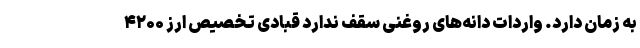
به زمان دارد. واردات دانه‌های روغنی سقف ندارد قبادی تخصیص ارز ۴۲۰۰